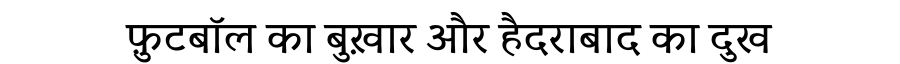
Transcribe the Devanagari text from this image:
फ़ुटबॉल का बुख़ार और हैदराबाद का दुख